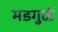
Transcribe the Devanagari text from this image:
मडगुळे